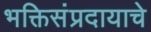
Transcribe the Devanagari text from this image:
भक्तिसंप्रदायाचे